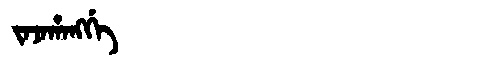
Manchu: ᠵᠠᠵᠠᡥᠠᠩᡤᡝ
Romanization: JAJAHANGGE